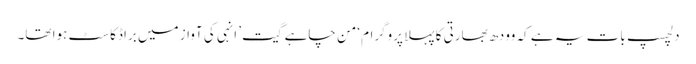
دلچسپ بات یہ ہے کہ وودھ بھارتی کا پہلا پروگرام ‘من چاہے گیت’ انہی کی آواز میں براڈکاسٹ ہوا تھا۔